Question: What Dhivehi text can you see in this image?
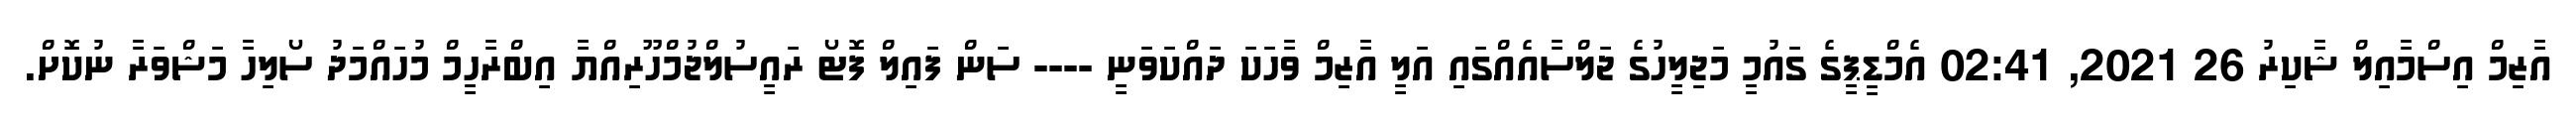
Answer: އާޒިމް އިސްމާއިލް ޝާކިރު 26 2021, 02:41 އެމްޑީޕީގެ ގައުމީ މަޖިލީހުގެ ޖަލްސާއެއްގައި އަލީ އާޒިމް ވާހަކަ ދައްކަވަނީ ---- ސަން ފައިލް ފޮޓޯ ރައީސުލްޖުމްހޫރިއްޔާ އިބްރާހީމް މުހައްމަދު ސޯލިހާ މަޝްވަރާ ނުކޮށް.